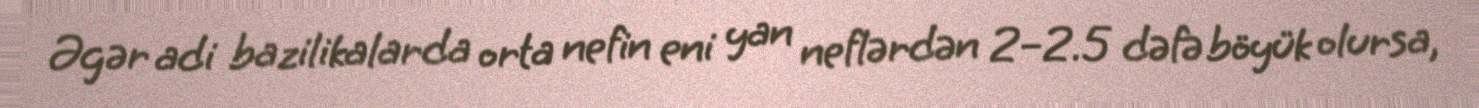
Əgər adi bazilikalarda orta nefin eni yan neflərdən 2–2.5 dəfə böyük olursa,